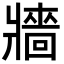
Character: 牆